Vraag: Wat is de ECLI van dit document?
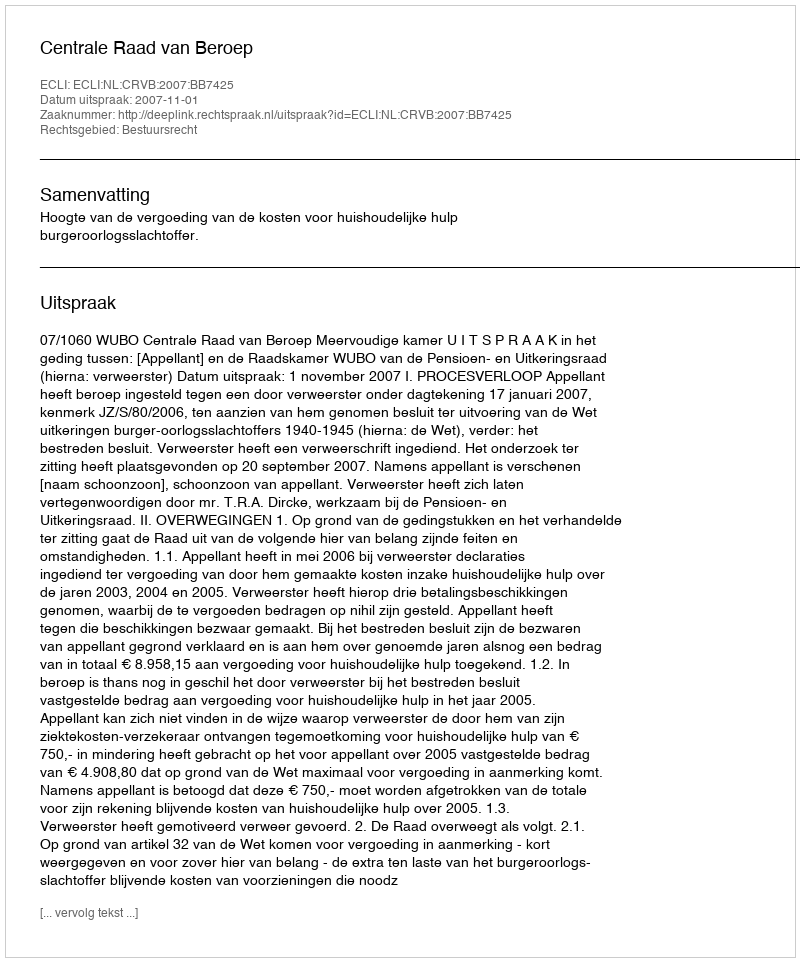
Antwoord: ECLI:NL:CRVB:2007:BB7425